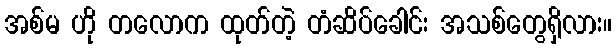
အစ်မ ဟို တလောက ထုတ်တဲ့ တံဆိပ်ခေါင်း အသစ်တွေရှိလား။